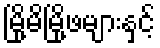
မြို့မိမြို့ဖများနှင့်